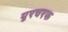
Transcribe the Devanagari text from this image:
युएचएफ